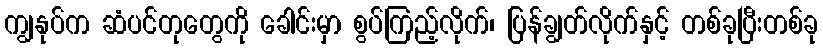
ကျွနုပ်က ဆံပင်တုတွေကို ခေါင်းမှာ စွပ်ကြည့်လိုက်၊ ပြန်ချွတ်လိုက်နှင့် တစ်ခုပြီးတစ်ခု